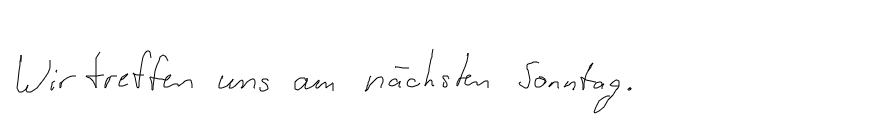
Wir treffen uns am nächsten Sonntag.